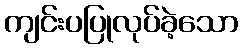
ကျင်းပပြုလုပ်ခဲ့သော